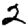
Digit: 2